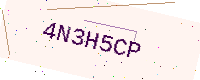
Text: 4N3H5CP